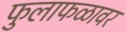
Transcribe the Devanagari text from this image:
फुलाफळावर